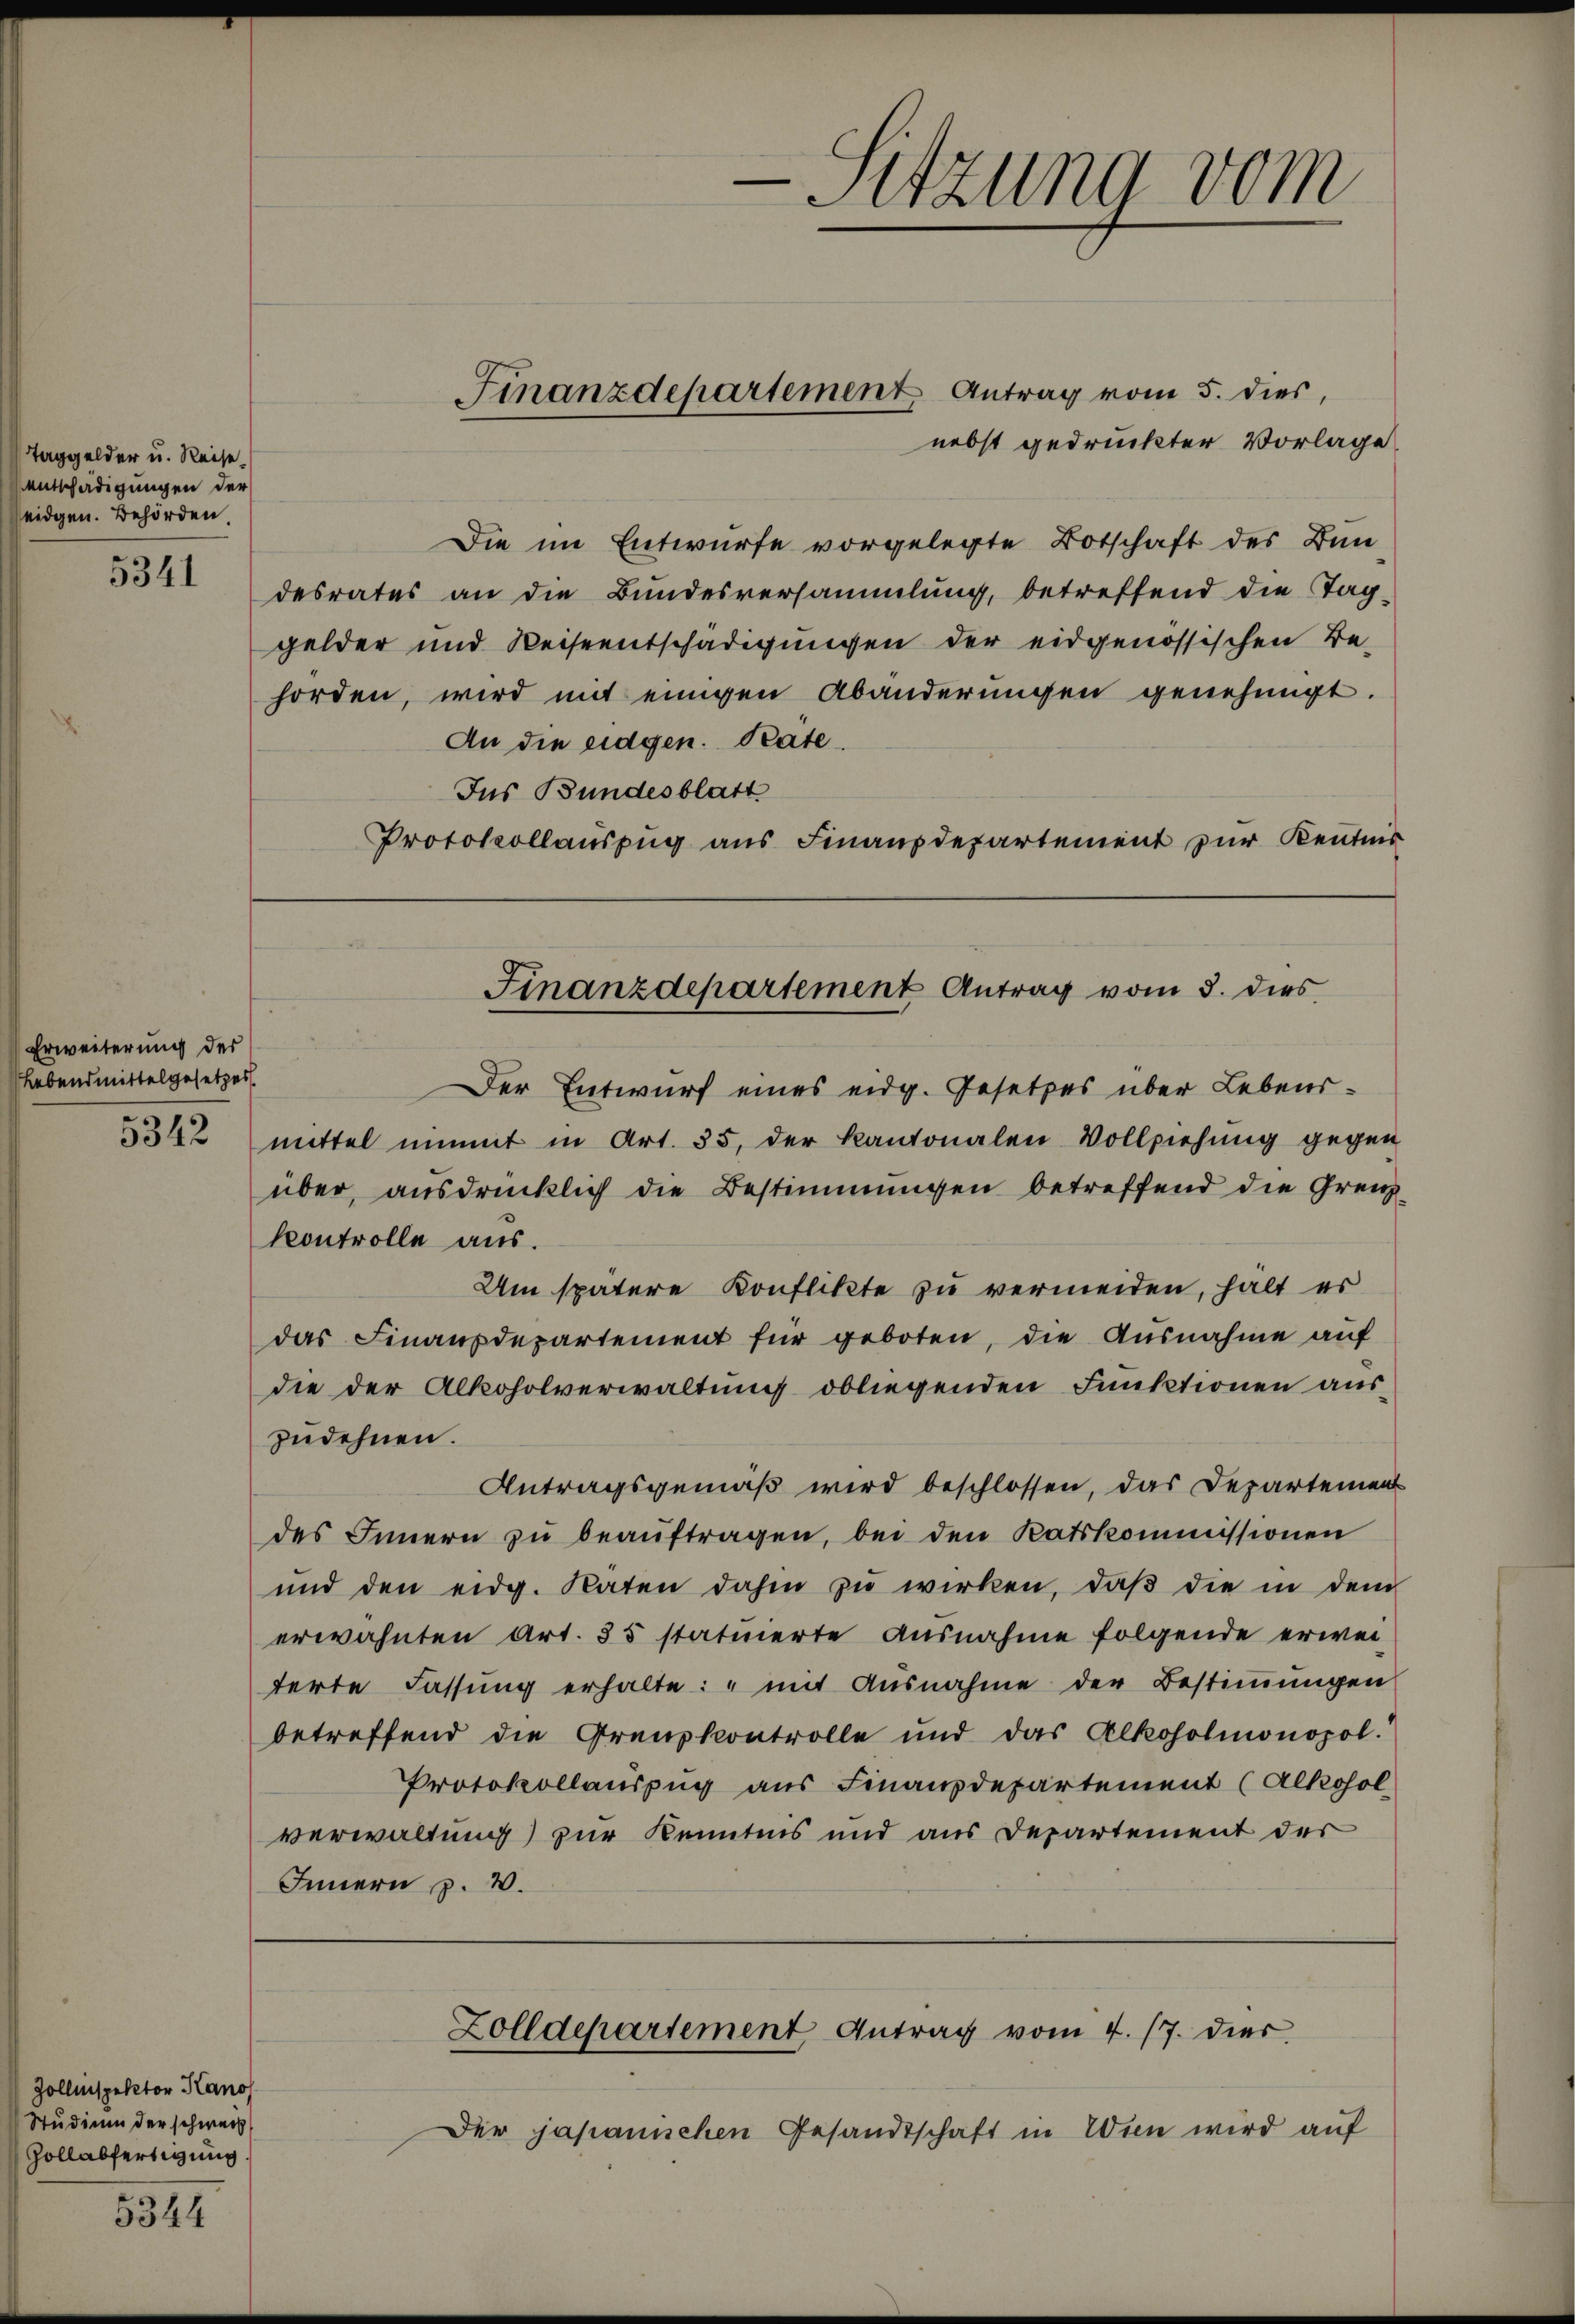
Taggelder u. Reise.
entschädigungen der
eidgen. Behörden.
5341

Erweiterung des
Lebendmittelgesetzes.
5342

Zollinspektor Kano
Studium der schweiz.
Zollabfertigung.

5344

nebst gedruckter Vorlage
Die im Entwurfe vorgelegte Botschaft des Bun
desrates an die Bundesversammlung, betreffend die Tag-
gelder und Reiseentschädigungen der eidgenössischen Be-
horden, wird mit einigen Abänderungen genehmigt.
An die eidgen. Pate
Ins Bundesblatt
Protokollauszug aus Finanzdepartement zur Kenntnis

Finanzdepartement Antrag vom 5. dies,

-Sitzung vom

Der Entwurf eines eidg. Gesetzes über Lebensmittel nit in Art. 35, der Kantonalen Vollziehung gegen
über, ausdrücklich die Bestimmungen betreffend die Grenz
kontrolle aus.
Um spätere Konflikte zu vermeiden, hält es
das Finanzdepartement für geboten, die Ausnahme auf
die der Alkoholverwaltung obliegenden Funktionen auszudehnen.
Antragsgemäß wird beschlossen, das Departemen
des Innern zŭ beaŭftragen, bei den Ratskommissionen
und den eidg. Raten dahin zŭ wirken, daβ die in dem
erwähnten Art. 35 statuierte Ausnahme folgende erwei-
terte Fassung erhalte: „mit Ausnahme der Bestimmungen
betreffend die Grenzkontrolle und das Alkoholmonopol.
Protokollauszug aus Finanzdepartement (Alkohol
verwaltung) zur Kenntnis und aus Departement der
Innern p. 2.

Finanzdepartement Antrag vom 3. dies

Der japanischen Gesandtschaft in Wien wird auf

Zolldepartement Antrag vom 4. 17. dies